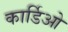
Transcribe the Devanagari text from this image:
कार्डिओ